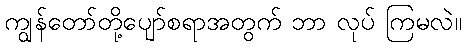
ကျွန်တော်တို့ပျော်စရာအတွက် ဘာ လုပ် ကြမလဲ။